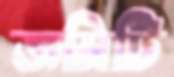
জমিটি